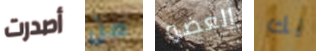
أصدرت من العضو يك